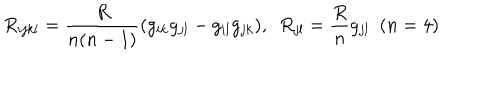
LaTeX: R _ { i j k l } = \frac { R } { n ( n - 1 ) } ( g _ { i k } g _ { j l } - g _ { i l } g _ { j k } ) , ~ ~ R _ { j l } = \frac { R } { n } g _ { j l } ~ ~ ( n = 4 )